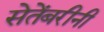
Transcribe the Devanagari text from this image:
सेतेंबरीनी